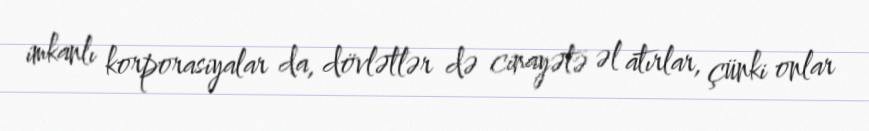
imkanlı korporasiyalar da, dövlətlər də cinayətə əl atırlar, çünki onlar